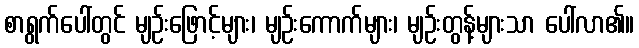
စာရွက်ပေါ်တွင် မျဉ်းဖြောင့်များ၊ မျဉ်းကောက်များ၊ မျဉ်းတွန့်များသာ ပေါ်လာ၏။